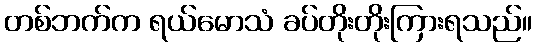
တစ်ဘက်က ရယ်မောသံ ခပ်တိုးတိုးကြားရသည်။